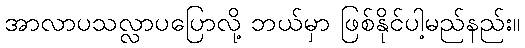
အာလာပသလ္လာပပြောလို့ ဘယ်မှာ ဖြစ်နိုင်ပါ့မည်နည်း။